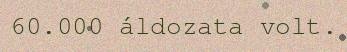
60.000 áldozata volt.